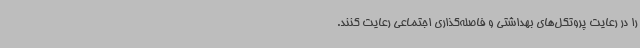
را در رعایت پروتکل‌های بهداشتی و فاصله‌گذاری‌ اجتماعی رعایت کنند.